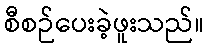
စီစဉ်ပေးခဲ့ဖူးသည်။